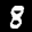
Digit: 8